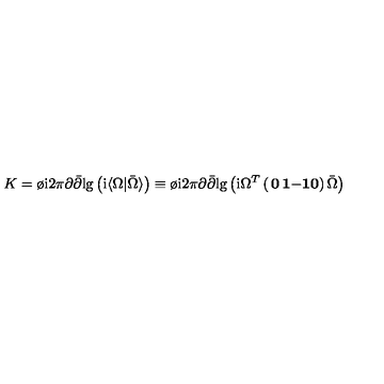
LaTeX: K = { \o \mathrm { i } { 2 \pi } } \partial { \bar { \partial } } \mathrm { l g } \left( \mathrm { i } \langle \Omega \vert { \bar { \Omega } } \rangle \right) \equiv { \o \mathrm { i } { 2 \pi } } \partial { \bar { \partial } } \mathrm { l g } \left( \mathrm { i } \Omega ^ { T } \left( \begin{matrix} { { \bf 0 } } & { { \bf 1 } } \\ { - { \bf 1 } } & { { \bf 0 } } \\ \end{matrix} \right) { \bar { \Omega } } \right)